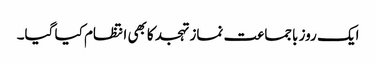
ایک روز باجماعت نماز تہجد کابھی انتظام کیا گیا۔